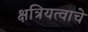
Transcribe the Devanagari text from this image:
क्षत्रियत्वाचे